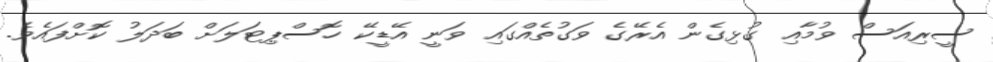
ސީރިއަސް ވުމާއި ގުޅިގެން އެރޭގެ ވަގުތެއްގައި ވަނީ އޭޑީކޭ ހޮސްޕިޓަލަށް ބަދަލު ކޮށްފައެވެ.